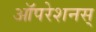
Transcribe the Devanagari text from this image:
ऑपरेशनस्